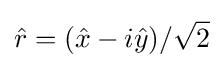
{\hat {r}}=({\hat {x}}-i{\hat {y}})/{\sqrt {2}}